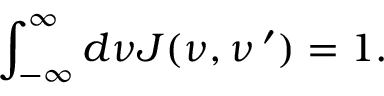
\int _ { - \infty } ^ { \infty } d \nu J ( \nu , \nu \, ^ { \prime } ) = 1 .